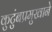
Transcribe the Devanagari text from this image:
कुटुंबप्रमुखाने